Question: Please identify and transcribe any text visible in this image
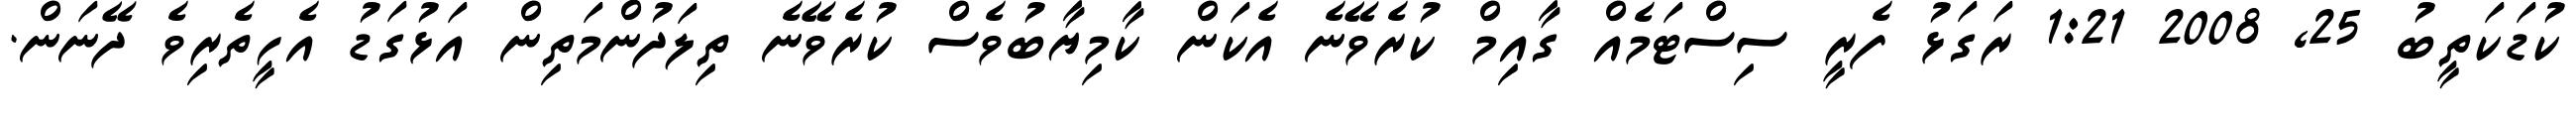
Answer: ކުޑަކަތީބު 25, 2008 1:21 ރަގަޅު ފެރީ ސިސްޓަމެއް ގާއިމް ކުރެވޭނެ އެކަން ކާމިޔާބުވެސް ކުރެވޭނެ ތިލަދުންމަތިން އަޅުގަޑު އެހީތެރިވެ ދޭނަން.